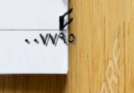
٠٠٧٧٩٥